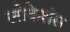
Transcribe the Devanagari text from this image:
लोकेशंस